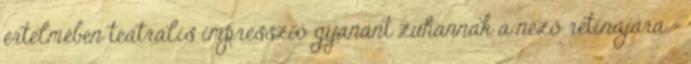
értelmében teátrális impresszió gyanánt zuhannak a néző retinájára –